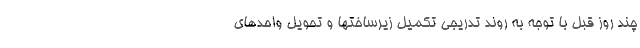
چند روز قبل با توجه به روند تدریجی تکمیل زیرساختها و تحویل واحدهای